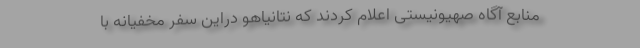
منابع آگاه صهیونیستی اعلام کردند که نتانیاهو دراین سفر مخفیانه با